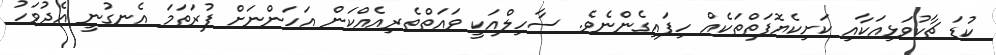
ކުޑަ ޗާކުވަޅިއަކާއި ކަށިކެޔޮފަތްތަކެއް ހިފައިގެންނެވެ. ސާހިލްއަކީ ވައަތްތެރިއެއްކަން އަހަންނަށް ފުރަތަމަ އެނގުނީ އެދުވަހު